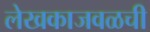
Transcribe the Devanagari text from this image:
लेखकाजवळची